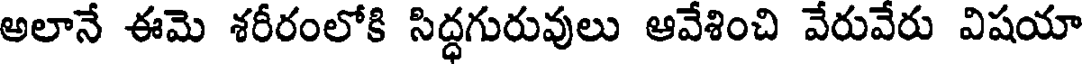
అలానే ఈమె శరీరంలోకి సిద్ధగురువులు ఆవేశించి వేరువేరు విషయా